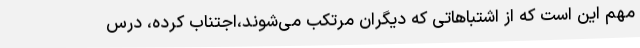
مهم این است که از اشتباهاتی که دیگران مرتکب می‌شوند،اجتناب کرده، درس